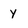
Character: y